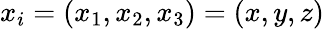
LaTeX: x_{i}=(x_{1},x_{2},x_{3})=(x,y,z)